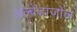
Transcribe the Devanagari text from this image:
अल्बेंडाज़ोल